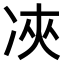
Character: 𠗉